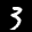
Label: 3